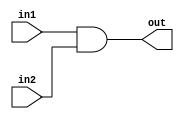
module bit32AND (out, in1, in2);
    input [31: 0] in1, in2;
    output [31: 0] out;

    assign out = in1 & in2;

endmodule


module tb32bitand;
    reg [31:0] INP1, INP2;
    wire [31:0] OUT;

    bit32AND a1(OUT, INP1, INP2);
    initial
    begin
        INP1 = 32'hA5A5;
        INP2 = 32'h5A5A;

        $monitor($time, "INP1 = %d, INP2 = %d OUT = %b", INP1, INP2, OUT);

        #100 INP1 = 32'h5A51;
        #400 $finish;
    end
endmodule